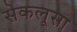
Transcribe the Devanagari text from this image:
सेकलूसा